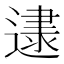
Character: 𰻌